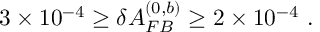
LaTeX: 3 \times 1 0 ^ { - 4 } \geq \delta A _ { F B } ^ { ( 0 , b ) } \geq 2 \times 1 0 ^ { - 4 } ~ .